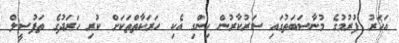
އަހަރު ފުރުމުގެ މުނާސަބަތުގައި ސަރުކާރުން ހިންގި އެކި ހަރަކާތްތަކަށް ކުރި ހަރަދުގެ ތަފުސީލް